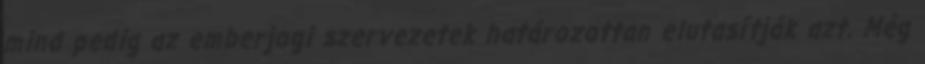
mind pedig az emberjogi szervezetek határozottan elutasítják azt. Még